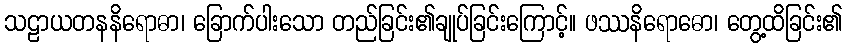
သဠာယတနနိရောဓာ၊ ခြောက်ပါးသော တည်ခြင်း၏ချုပ်ခြင်းကြောင့်။ ဖဿနိရောဓော၊ တွေ့ထိခြင်း၏